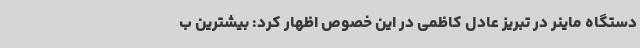
دستگاه ماینر در تبریز عادل کاظمی در این خصوص اظهار کرد: بیشترین ب